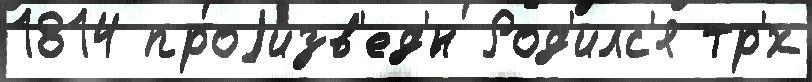
1814 проjизв'ед'́н Род'илс'я тр'́х